Lunatic asylums Madras 1892-1911 - 1892-1911
Year: 1892
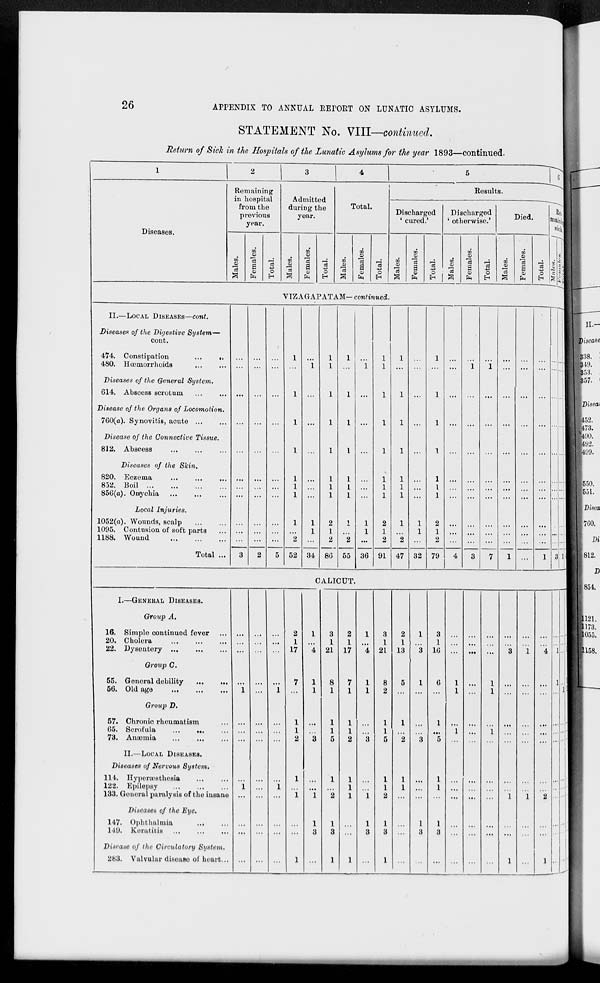
26
APPENDIX TO ANNUAL REPORT ON LUNATIC ASYLUMS.
STATEMENT No. VIII—continued.
Return of Sick in the Hospitals of the Lunatic Asylums for the year 1893—continued.
1
Diseases.
2
Remaining
in hospital
from the
previous
year.
Males.
Females.
Total.
3
Admitted
during the
year.
Males.
Females.
Total.
4
Total.
Males.
Females.
Total.
5
6
Results.
Discharged
'cured.'
Males.
Females.
Total.
Discharged
'otherwise.'
Males.
Females.
Total.
Died.
Males.
Females.
Total.
Re-
maining
sick.
Males.
Females.
Total.
VIZAGAPATAM— continued.
II.—LOCAL DISEASES—cont.
Diseases of the Digestive System—
cont.
474. Constipation
...
...
480. Hœmorrhoids ... ...
Diseases of the General System.
614. Abscess scrotum
Disease of the Organs of Locomotion.
760(a). Synovitis, acute ... ...
Disease of the Connective Tissue.
812. Abscess ... ... ...
Diseases of the Skin.
820. Eczema
...
...
...
852. Boil
...
...
...
...
856(a). Onychia
...
...
...
Local Injuries.
1052(a). Wounds, scalp ... ...
1095. Contusion of soft parts ...
1188. Wound
...
...
...
Total ...
...
...
...
...
...
...
...
...
...
...
...
3
...
...
...
...
...
...
...
...
...
...
...
2
...
...
...
...
...
...
...
...
...
...
...
5
1
...
1
1
1
1
1
1
1
...
2
52
...
1
...
...
...
...
...
...
1
1
...
34
1
1
1
1
1
1
1
1
2
1
2
86
1
...
1
1
1
1
1
1
1
...
2
55
...
1
...
...
...
...
...
...
1
1
...
36
1
1
1
1
1
1
1
1
2
1
2
91
1
...
1
1
1
1
1
1
1
...
2
47
...
...
...
...
...
...
...
...
1
1
...
32
1
...
1
1
1
1
1
1
2
1
2
79
...
...
...
...
...
...
...
...
...
...
...
4
...
1
...
...
...
...
...
...
...
...
...
3
...
1
...
...
...
...
...
...
...
...
...
7
...
...
...
...
...
...
...
...
...
...
...
1
...
...
...
...
...
...
...
...
...
...
...
...
...
...
...
...
...
...
...
...
...
...
...
1
...
...
...
...
...
...
...
...
...
...
...
3
...
...
...
...
...
...
...
...
...
...
...
1
...
...
...
...
...
...
...
...
...
...
...
4
CALICUT.
I.—GENERAL DISEASES.
Group A.
16. Simple continued fever ...
20. Cholera
...
...
...
22. Dysentery
...
...
...
Group C.
55. General debility
...
...
56. Old age ... ... ...
Group D.
57. Chronic rheumatism ...
65. Scrofula ... ... ...
78. Anæmia ... ... ...
II.—LOCAL DISEASES.
Diseases of Nervous System.
114. Hyperæsthesia ... ...
122. Epilepsy ... ... ...
133. General paralysis of the insane
Diseases of the Eye.
147. Ophthalmia ... ...
149. Keratitis ... ... ...
Disease of the Circulatory
System.
283. Valvular disease of heart ...
...
...
...
...
1
...
...
...
...
1
...
...
...
...
...
...
...
...
...
...
...
...
...
...
...
...
...
...
...
...
...
...
1
...
...
...
...
1
...
...
...
...
2
1
17
7
...
1
1
2
1
...
1
...
...
1
1
...
4
1
1
...
...
3
...
...
1
1
3
...
3
1
21
8
1
1
1
5
1
...
2
1
3
1
2
1
17
7
1
1
1
2
1
1
1
...
...
1
1
...
4
1
1
...
...
3
...
...
1
1
3
...
3
1
21
8
2
1
1
5
1
1
2
1
3
1
2
1
13
5
...
1
...
2
1
1
...
...
...
...
1
...
3
1
...
...
...
3
...
...
...
1
3
...
3
1
16
6
...
1
...
5
1
1
...
1
3
...
...
...
...
1
1
...
1
...
...
...
...
...
...
...
...
...
...
...
...
...
...
...
...
...
...
...
...
...
...
...
...
1
1
...
1
...
...
...
...
...
...
...
...
...
3
...
...
...
...
...
...
...
1
...
...
1
...
...
1
...
...
...
...
...
...
...
1
...
...
...
...
...
4
...
...
...
...
...
...
...
2
...
...
1
...
...
...
...
...
...
...
...
...
...
...
...
...
...
...
...
1
1
...
...
...
...
...
...
...
...
...
...
...
...
...
...
1
...
...
...
...
...
...
...
...
...